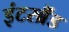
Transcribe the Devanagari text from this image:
इंटरब्रैंड